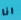
انا